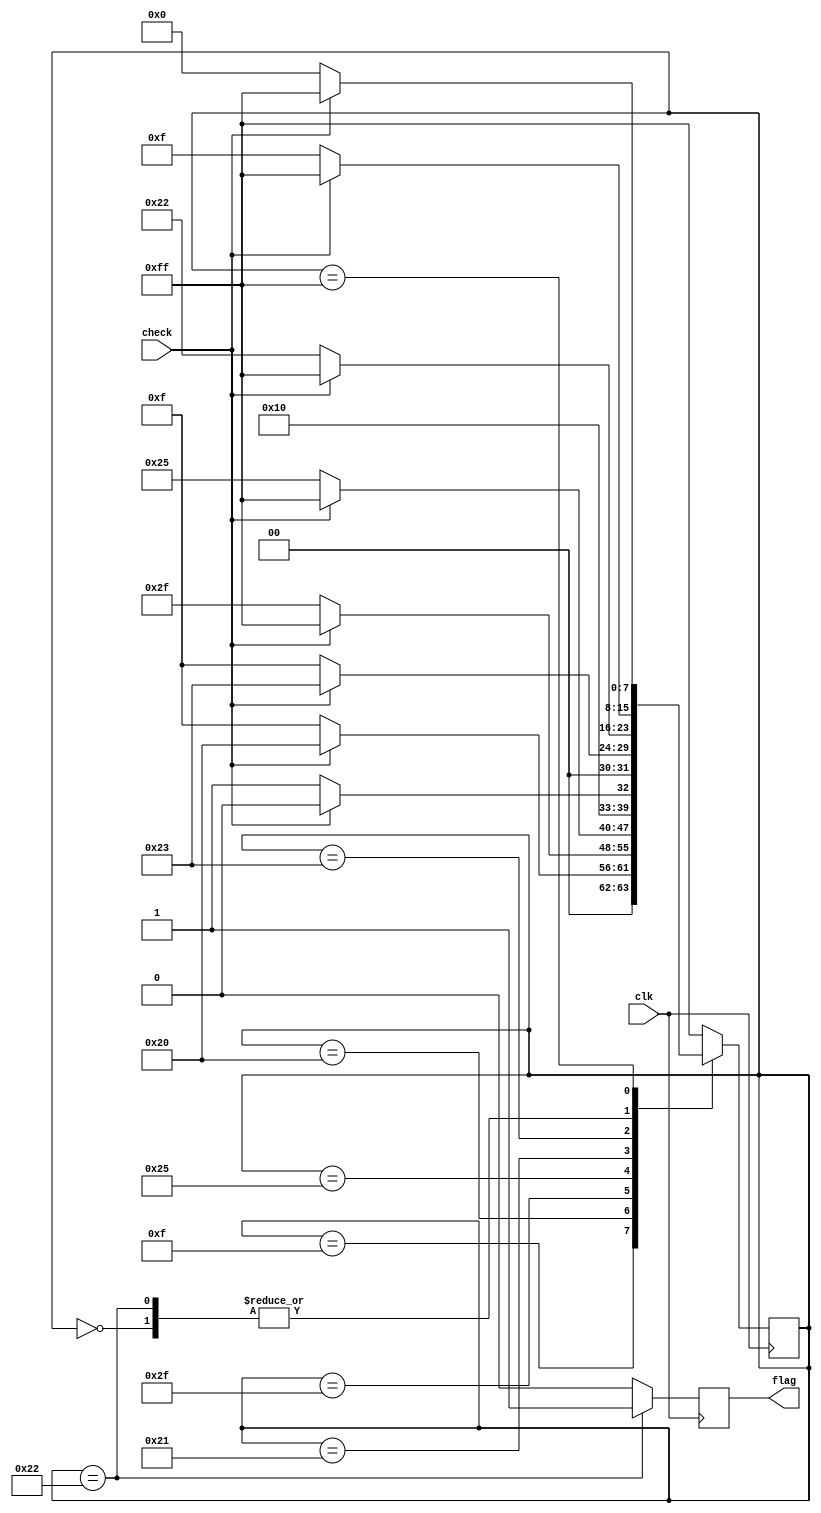
module xl_reciver(clk,check,flag);
	input clk,check;
	output reg flag;
	 reg [7:0] c_state;
	 reg [7:0] n_state;
	parameter 	S0 = 8'b0000_0000,S1 = 8'b0000_1111,S2 = 8'b0010_0000,S3 = 8'b0010_1111,
					S4 = 8'b0010_0101,S5 = 8'b0010_0001,S6 = 8'b0010_0011,S7 = 8'b0010_0010,
					S8 = 8'b1111_1111;
	always @ (posedge clk)begin
		case(c_state)
			S7:flag = 1'b1;
			default: flag = 1'b0;
		endcase
	end
	
	always @ (posedge clk)begin
		c_state <= n_state;
	end
	
	always @ (c_state or check)begin
		case(c_state)
			S0:if(~check)	n_state <= S1;else n_state <= S8;
			S1:if(check)	n_state <= S2;else n_state <= S1;
			S2:if(~check)	n_state <= S3;else n_state <= S8;
			S3:if(~check)	n_state <= S4;else n_state <= S8;
			S4:if(~check)	n_state <= S5;else n_state <= S2;
			S5:if(check)	n_state <= S6;else n_state <= S1;
			S6:if(~check)	n_state <= S7;else n_state <= S8;
			S7:if(check)	n_state <= S8;else n_state <= S1;
			S8:if(~check)	n_state <= S0;else n_state <= S8;
			default:n_state <= S8;
			endcase
	end
endmodule